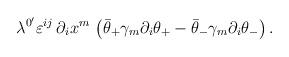
LaTeX: \begin{align*}\lambda ^{0^{\prime }}\varepsilon ^{ij}\,\partial _ix^m\,\left( \bar{\theta}_{+}\gamma _m\partial _i\theta _{+}-\bar{\theta}_{-}\gamma _m\partial_i\theta _{-}\right) . \end{align*}